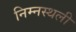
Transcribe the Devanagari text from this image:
निम्नस्थली